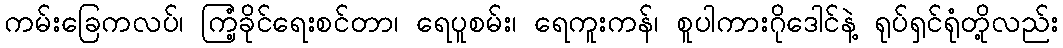
ကမ်းခြေကလပ်၊ ကြံ့ခိုင်ရေးစင်တာ၊ ရေပူစမ်း၊ ရေကူးကန်၊ စူပါကားဂိုဒေါင်နဲ့ ရုပ်ရှင်ရုံတို့လည်း